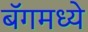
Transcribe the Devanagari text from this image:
बॅगमध्ये